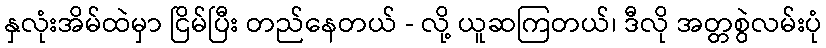
နှလုံးအိမ်ထဲမှာ ငြိမ်ပြီး တည်နေတယ် - လို့ ယူဆကြတယ်၊ ဒီလို အတ္တစွဲလမ်းပုံ